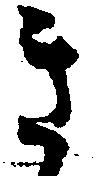
き